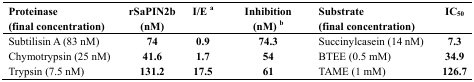
| Proteinase (final concentration) | rSaPIN2b (nM) | I/E a | Inhibition (nM) b | Substrate (final concentration) | IC50 |
 | --- | --- | --- | --- | --- | --- |
 | Subtilisin A (83 nM) | 74 | 0.9 | 74.3 | Succinylcasein (14 nM) | 7.3 |
 | Chymotrypsin (25 nM) | 41.6 | 1.7 | 54 | BTEE (0.5 mM) | 34.9 |
 | Trypsin (7.5 nM) | 131.2 | 17.5 | 61 | TAME (1 mM) | 126.7 |